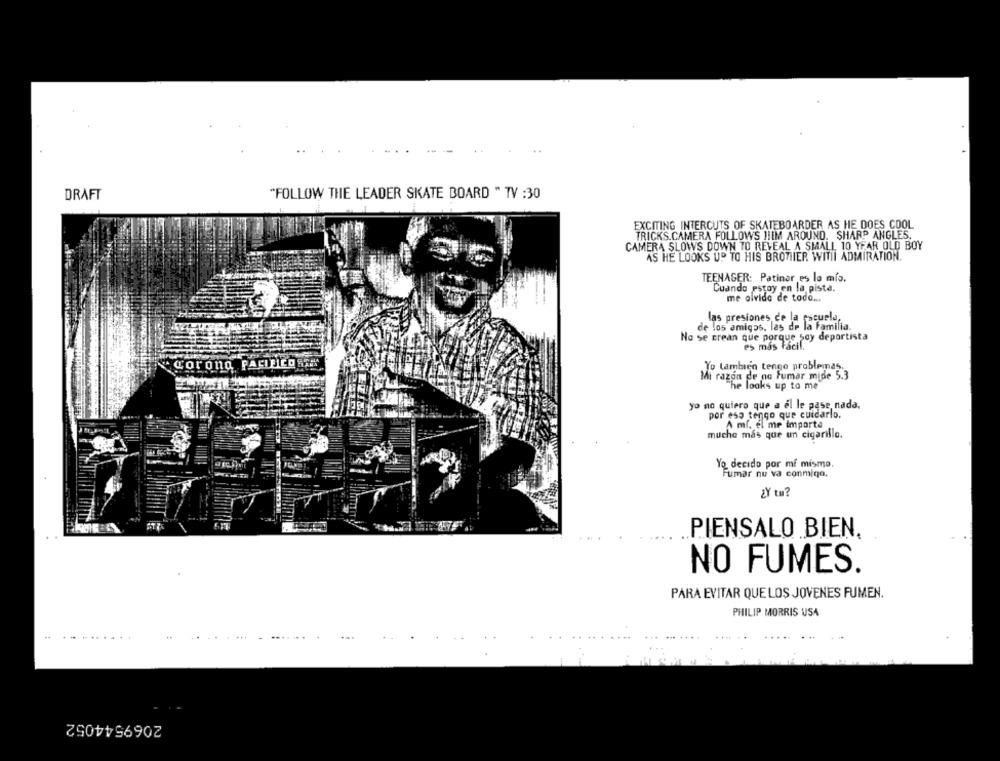
DRAFT
"FOLLOW THE LEADER SKATE BOARD " TV :30
EXCITING INTERCUTS OF SKATEBOARDER AS HE DOES COOL
TRICKS.CAMERA FOLLOWS HIM AROUND. SHARP ANGLES.
CAMERA SLOWS DOWN TO REVEAL A SMALL 10 YEAR OLD BOY
AS HE LOOKS UP TO HIS BROTHER WITII ADMIRATION.
TEENAGER: Patinar es lo mis.
Cuando estoy en la pista.
me olvido de todo ...
las presiones de la escuela,
de los amigos, las de la
de la Familia.
No se crean que porque soy deportista
es mas Facil.
Corona PACIFICOSAM
Yo tambien tengo problemas.
Mi razon de no Fumar mide 5.3
The looks up to me
yo no quiero que a el le pase, nada,
por eso tengo que cuidarlo.
A ml. el me importa
mucho mas que un cigarillo.
Yo decido por mi mismo.
Fumar nu va conmigo.
¿Y tu?
PIENSALO BIEN,
NO FUMES.
PARA EVITAR QUE LOS JOVENES FUMEN.
PHILIP MORRIS USA
2069544052